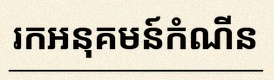
រកអនុគមន៍កំណើន